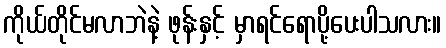
ကိုယ်တိုင်မလာဘဲနဲ့ ဖုန်းနှင့် မှာရင်ရောပို့ပေးပါသလား။